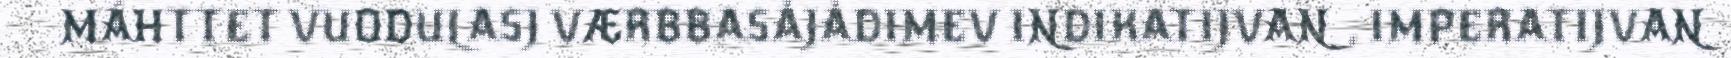
MÁHTTET VUODULASJ VÆRBBASÅJÅDIMEV INDIKATIJVAN, IMPERATIJVAN